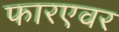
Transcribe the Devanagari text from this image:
फारएवर